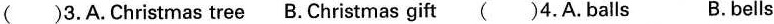
( )3,A.Christmas tree B.Christmas gift ( )4.A.balls B.bells